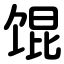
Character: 馄